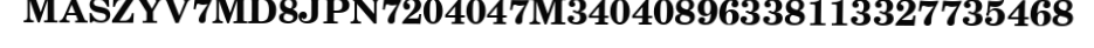
MASZYV7MD8JPN7204047M34040896338113327735468